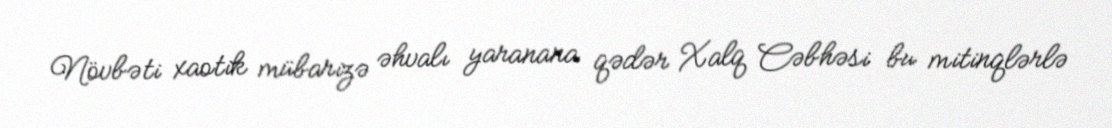
Növbəti xaotik mübarizə əhvalı yaranana qədər Xalq Cəbhəsi bu mitinqlərlə